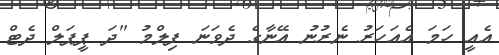
އެއީ ހަމަ އެއަހަރު ނެރުނު އޭނާގެ ދެވަނަ ފިލްމު "ދަ ޕީޕަލް ދެޓް